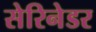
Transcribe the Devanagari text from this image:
सेरिनेडर